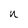
Character: n